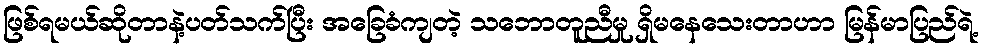
ဖြစ်ရမယ်ဆိုတာနဲ့ပတ်သက်ပြီး အခြေခံကျတဲ့ သဘောတူညီမှု ရှိမနေသေးတာဟာ မြန်မာပြည်ရဲ့